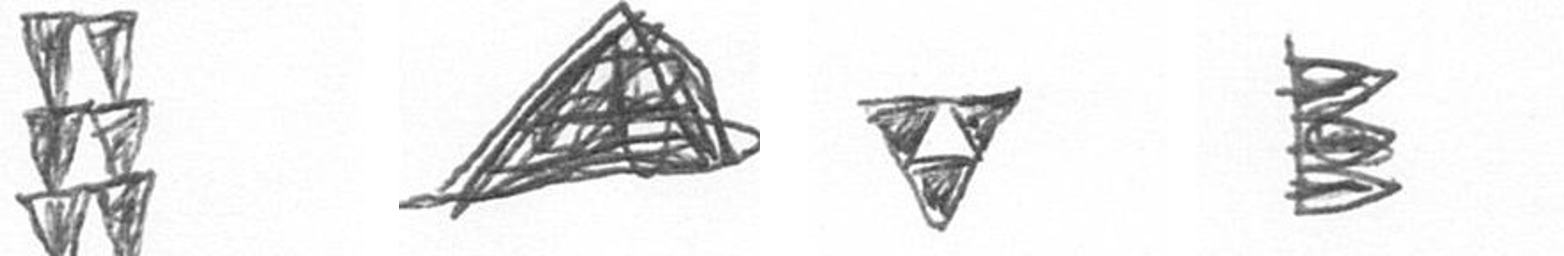
Y O S H